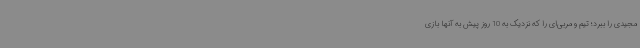
مجیدی را ببرد؛ تیم و مربی‌ای را که نزدیک به 10 روز پیش به آنها بازی